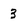
Character: 3